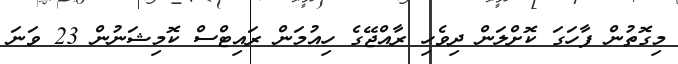
މިގޮތުން ފާހަގަ ކޮށްލަން ދިވެހި ރާއްޖޭގެ ހިއުމަން ރައިޓްސް ކޮމިޝަނުން 23 ވަނަ